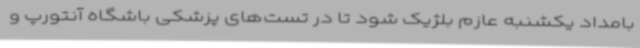
بامداد یکشنبه عازم بلژیک شود تا در تست‌های پزشکی باشگاه آنتورپ و